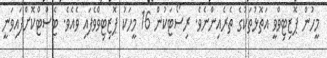
މީހުން ޕޮޒިޓިވްވީ އަތޮޅުތަކުގެ ތެރެއިންނެވެ. ރިސޯޓަކުން 16 މީހަކު ޕޮޒިޓިވްވެފައި ވެއެެވެ. ޓެސްޓްކޮށްފައިވަނީ